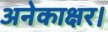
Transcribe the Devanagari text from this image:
अनेकाक्षर।